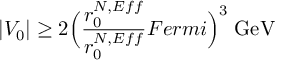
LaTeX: | V _ { 0 } | \ge 2 \Bigl ( \frac { r _ { 0 } ^ { N , E f f } } { r _ { 0 } ^ { N , E f f } } { F e r m i } \Bigr ) ^ { 3 } \; \mathrm { G e V }